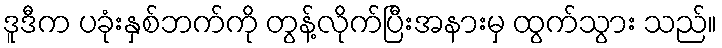
ဒူဒီက ပခုံးနှစ်ဘက်ကို တွန့်လိုက်ပြီးအနားမှ ထွက်သွား သည်။